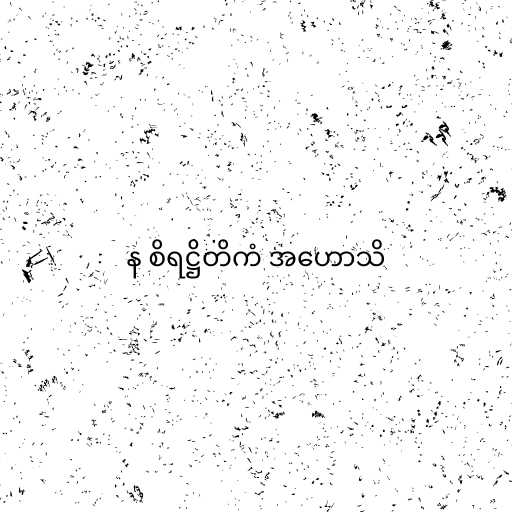
န စိရဋ္ဌိတိကံ အဟောသိ